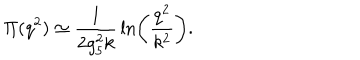
LaTeX: \Pi ( q ^ { 2 } ) \simeq { \frac { 1 } { 2 g _ { 5 } ^ { 2 } k } } \ln \left( { \frac { q ^ { 2 } } { k ^ { 2 } } } \right) .